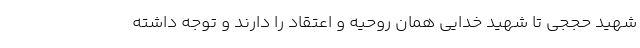
شهید حججی تا شهید خدایی همان روحیه و اعتقاد را دارند و توجه داشته